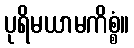
ပုရိမယာမကိစ္စံ။